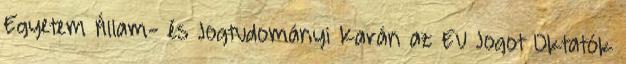
Egyetem Állam- és Jogtudományi Karán az EU Jogot Oktatók